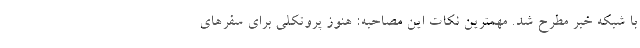
با شبکه خبر مطرح شد. مهمترین نکات این مصاحبه: هنوز پروتکلی برای سفرهای